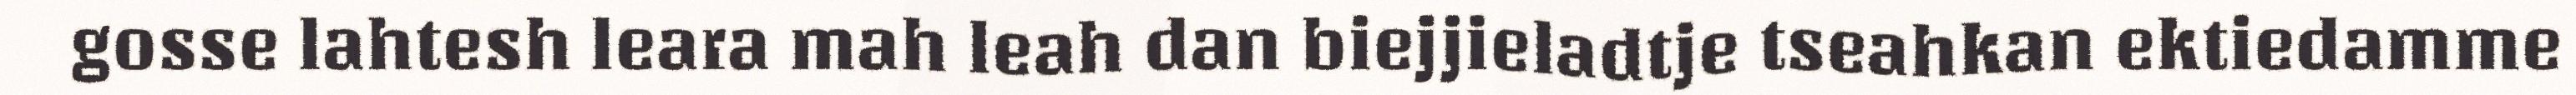
gosse lahtesh leara mah leah dan biejjieladtje tseahkan ektiedamme